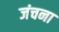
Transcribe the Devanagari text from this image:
जंचना